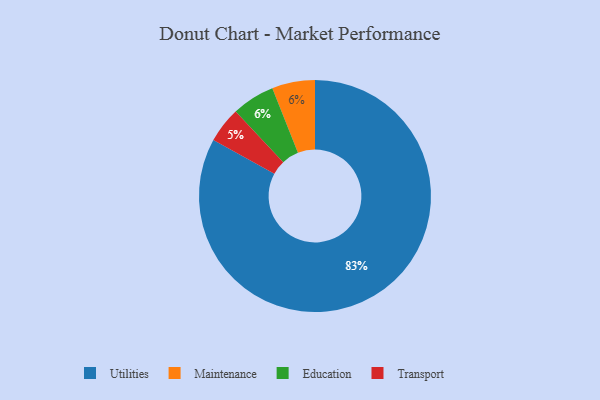
{"axis": {"x": "Category", "y": "Percentage"}, "legend": ["Education", "Maintenance", "Transport", "Utilities"], "data": [{"x": "Maintenance", "y": 6, "type": "Maintenance"}, {"x": "Utilities", "y": 83, "type": "Utilities"}, {"x": "Transport", "y": 5, "type": "Transport"}, {"x": "Education", "y": 6, "type": "Education"}]}